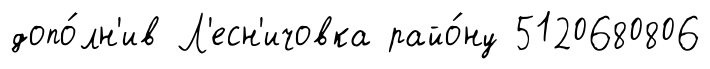
допо́лн'ив Л'есн'ичовка райо́ну 5120680806